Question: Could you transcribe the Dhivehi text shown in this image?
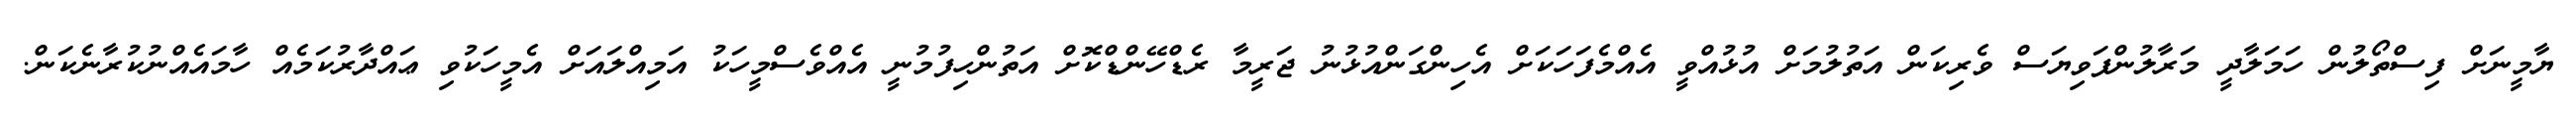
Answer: ޔާމީނަށް ފިސްތޯލުން ހަމަލާދީ މަރާލުންފަވިޔަސް ވެރިކަން އަތުލުމަށް އުޅުއްވީ އެއްމެފަހަކަށް އެހިންގަންއުޅުނު ޖަރީމާ ރެޑްހޭންޑްކޮށް އަތުންހިފުމުނީ އެއްވެސްމީހަކު އަމިއްލައަށް އެމީހަކުވި ޢައްދާރުކަމެއް ހާމައެއްނުކުރާނެކަން.